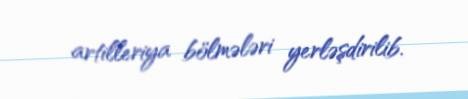
artilleriya bölmələri yerləşdirilib.